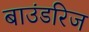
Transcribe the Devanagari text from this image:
बाउंडरिज